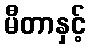
မီတာနှင့်